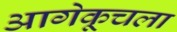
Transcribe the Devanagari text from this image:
आगेकूचला